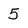
Character: 5